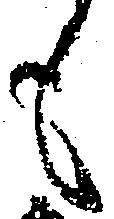
も